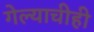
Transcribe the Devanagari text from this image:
गेल्याचीही